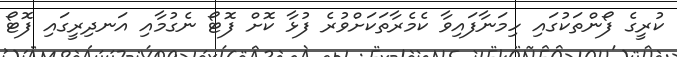
ކުރީގެ ފޯންތަކުގައި ހިމަނާފައިވާ ކެމެރާތަކަށްވުރެ ފުޅާ ކޮށް ފޮޓޯ ނެގުމާއި އަނދިރީގައި ފޮޓޯ